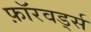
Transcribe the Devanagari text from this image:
फ़ॉरवर्ड्स